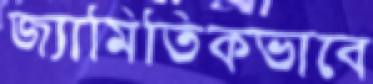
জ্যামিতিকভাবে